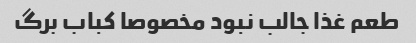
طعم غذا جالب نبود مخصوصا کباب برگ